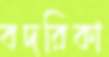
বদরিকা